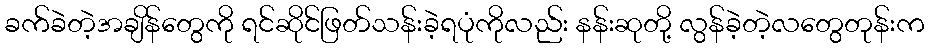
ခက်ခဲတဲ့အချိန်တွေကို ရင်ဆိုင်ဖြတ်သန်းခဲ့ရပုံကိုလည်း နန်းဆုတို့ လွန်ခဲ့တဲ့လတွေတုန်းက